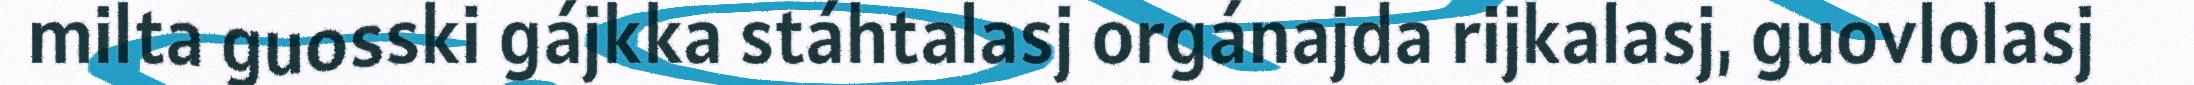
milta guosski gájkka stáhtalasj orgánajda rijkalasj, guovlolasj